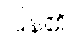
ပြန်၏